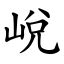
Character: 㟋